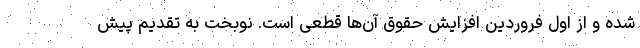
شده و از اول فروردین افزایش حقوق آن‌ها قطعی است. نوبخت به تقدیم پیش